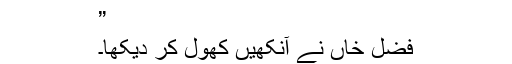
”
فضل خاں نے آنکھیں کھول کر دیکھا۔